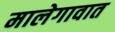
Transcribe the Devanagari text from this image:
मालेगावात